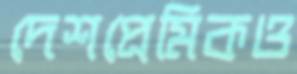
দেশপ্রেমিকও